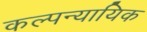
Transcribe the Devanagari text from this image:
कल्पन्यायिक